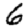
Digit: 6